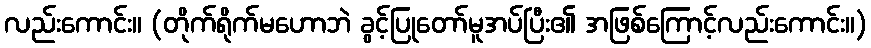
လည်းကောင်း။ (တိုက်ရိုက်မဟောဘဲ ခွင့်ပြုတော်မူအပ်ပြီး၏ အဖြစ်ကြောင့်လည်းကောင်း။)